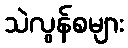
သဲလွန်စများ